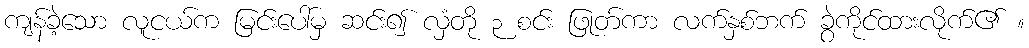
ကျန်ခဲ့သော လူငယ်က မြင်းပေါ်မှ ဆင်း၍ လှံတို ၃ စင်း ဖြုတ်ကာ လက်နှစ်ဘက် ခွဲကိုင်ထားလိုက်၏ ။